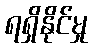
ရရှိနိုင်မှု